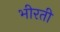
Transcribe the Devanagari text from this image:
भीरती